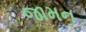
જામન